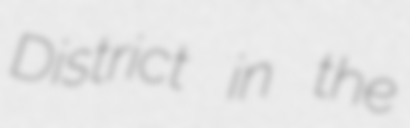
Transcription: District in the